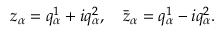
z _ { \alpha } = q _ { \alpha } ^ { 1 } + i q _ { \alpha } ^ { 2 } , \quad \bar { z } _ { \alpha } = q _ { \alpha } ^ { 1 } - i q _ { \alpha } ^ { 2 } .